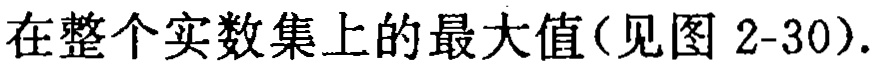
在整个实数集上的最大值(见图 2-30).